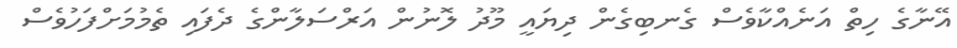
އޭނާގެ ހިތް އަނެއްކާވެސް ގެނބިގެން ދިޔައީ މޫދު ލޮނުން އަރްސަލާންގެ ދެފައި ތެމުމަށްފަހުވެސް